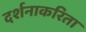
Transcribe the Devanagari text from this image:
दर्शनाकरिता